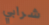
شرابي